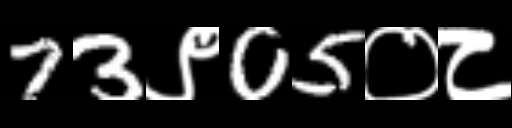
Text: 73९05०८